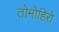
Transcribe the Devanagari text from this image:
तोमोहिरो